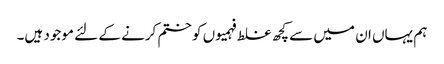
ہم یہاں ان میں سے کچھ غلط فہمیوں کو ختم کرنے کے لئے موجود ہیں۔